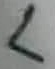
Text: L